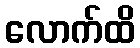
လောက်ထိ